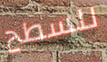
للسطح